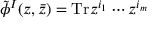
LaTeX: \tilde { \phi } ^ { I } ( z , \bar { z } ) = \mathrm { T r } z ^ { i _ { 1 } } \cdots z ^ { i _ { m } }